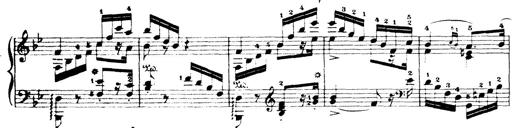
Title: Wagner-Liszt Album
Composer: Franz Liszt